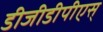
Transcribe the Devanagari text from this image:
डीजीडीपीएस्